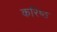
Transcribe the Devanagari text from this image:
करिष्ठ